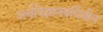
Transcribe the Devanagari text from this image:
अर्थविज्ञानवर्धिनीत